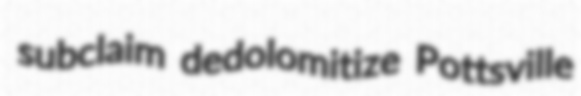
subclaim dedolomitize Pottsville